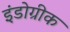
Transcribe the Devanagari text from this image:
इंंडोग्रीक